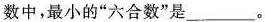
数中，最小的“六合数”是___。